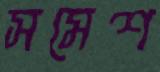
সমেশ